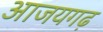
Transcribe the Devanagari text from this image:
आजयगढ़